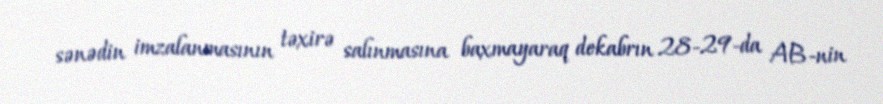
sənədin imzalanmasının təxirə salınmasına baxmayaraq dekabrın 28-29-da AB-nin